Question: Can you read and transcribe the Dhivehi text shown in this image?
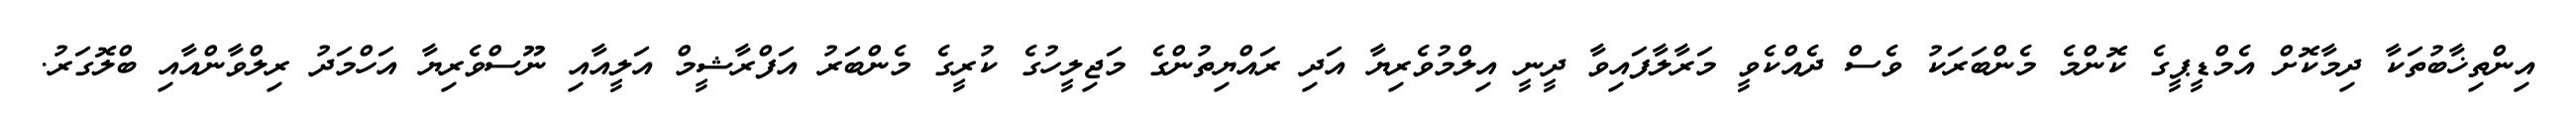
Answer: އިންތިޚާބުތަކާ ދިމާކޮށް އެމްޑީޕީގެ ކޮންމެ މެންބަރަކު ވެސް ދެއްކެވީ މަރާލާފައިވާ ދީނީ އިލްމުވެރިޔާ އަދި ރައްޔިތުންގެ މަޖިލީހުގެ ކުރީގެ މެންބަރު އަފްރާޝީމް އަލީއާއި ނޫސްވެރިޔާ އަހްމަދު ރިލްވާންއާއި ބްލޮގަރު.